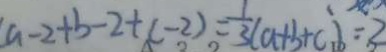
a - 2 + b - 2 + ( - 2 ) = \frac { 1 } { 3 } ( a + b + c ) = 2